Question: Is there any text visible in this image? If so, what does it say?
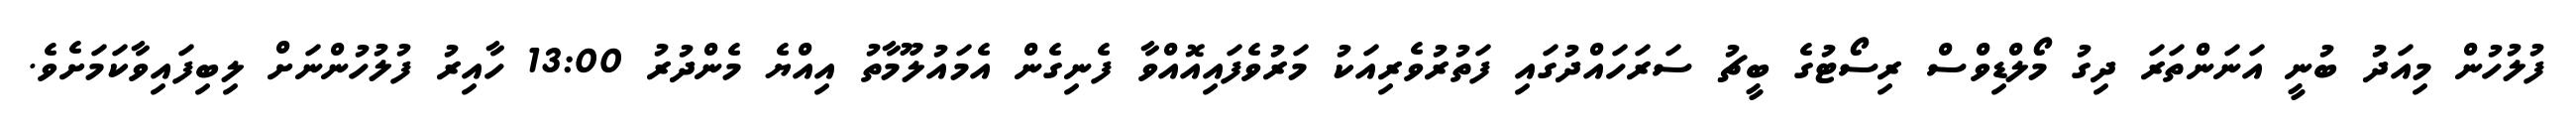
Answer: ފުލުހުން މިއަދު ބުނީ އަނަންތަރަ ދިގު މޯލްޑިވްސް ރިސޯޓުގެ ބީޗު ސަރަހައްދުގައި ފަތުރުވެރިއަކު މަރުވެފައިއޮއްވާ ފެނިގެން އެމައުލޫމާތު އިއްޔެ މެންދުރު 13:00 ހާއިރު ފުލުހުންނަށް ލިބިފައިވާކަމަށެވެ.